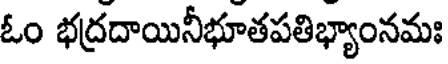
ఓం భద్రదాయినీభూతపతిభ్యాంనమః